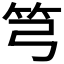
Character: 𥫤